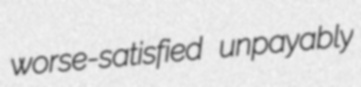
worse-satisfied unpayably